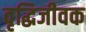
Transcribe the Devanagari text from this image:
वृद्धिजीवक